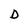
Character: D